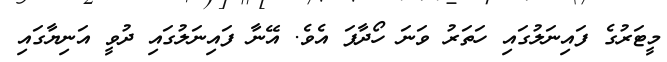
މީޓަރުގެ ފައިނަލުގައި ހަތަރު ވަނަ ހޯދާފަ އެވެ. އޭނާ ފައިނަލުގައި ދުވީ އަނިޔާގައި